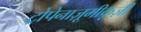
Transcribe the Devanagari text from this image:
ट्रोपेनाज़ूमीक्रूज़ी